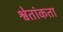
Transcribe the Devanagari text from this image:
श्वेतांकता